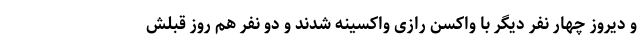
و دیروز چهار نفر دیگر با واکسن رازی واکسینه شدند و دو نفر هم روز قبلش